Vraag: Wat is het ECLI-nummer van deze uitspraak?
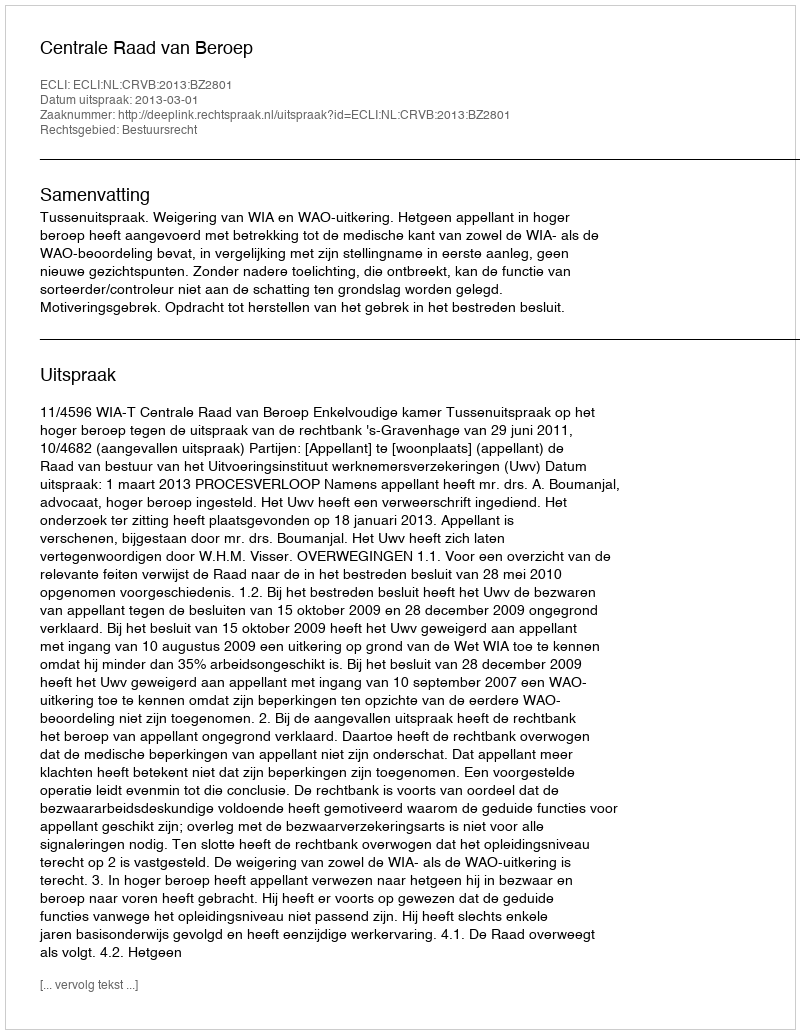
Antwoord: ECLI:NL:CRVB:2013:BZ2801